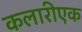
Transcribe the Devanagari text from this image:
कलारीएक